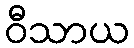
ဝီသာယ